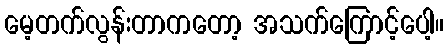
မေ့တက်လွန်းတာကတော့ အသက်ကြောင့်ပေါ့။